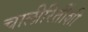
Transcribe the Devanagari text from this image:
चालीरितींशी